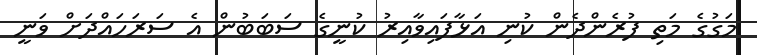
މަގުގެ މަތި ފުރެންދެން ކުނި އަޅާފައިވާއިރު ކުނީގެ ސަބަބުން އެ ސަރަހައްދަށް ވަނީ